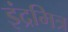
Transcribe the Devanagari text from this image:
इंद्रमित्र